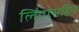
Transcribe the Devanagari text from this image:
लिंगांसहित